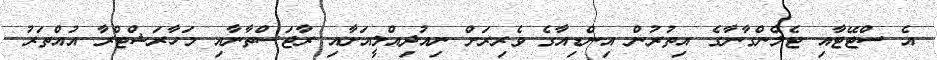
އެ ސްޓޭޓާއި ޓެލެންގާނާގެ އިތުރުން އިންޑިއާގެ ވެރިރަށް ނިއުދިއްލީއަށާއި ރާޖަސްތާނާއި މަހާރަޝްޓްރާ އުއްތަރު